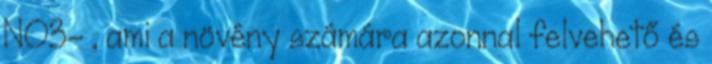
NO3- , ami a növény számára azonnal felvehető és